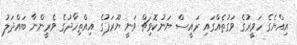
އިއްޔެގެ ހަވީރުގެ ވަގުތެއްގައި ރައީސް ޔަނުކޮވިޗް ވަނީ ޔޫރަޕުގެ އިއްތިހާދުގެ ވެރީންނާ ބައްދަލު